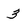
Character: 3